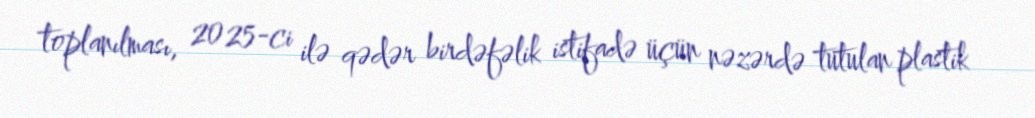
toplanılması, 2025-ci ilə qədər birdəfəlik istifadə üçün nəzərdə tutulan plastik